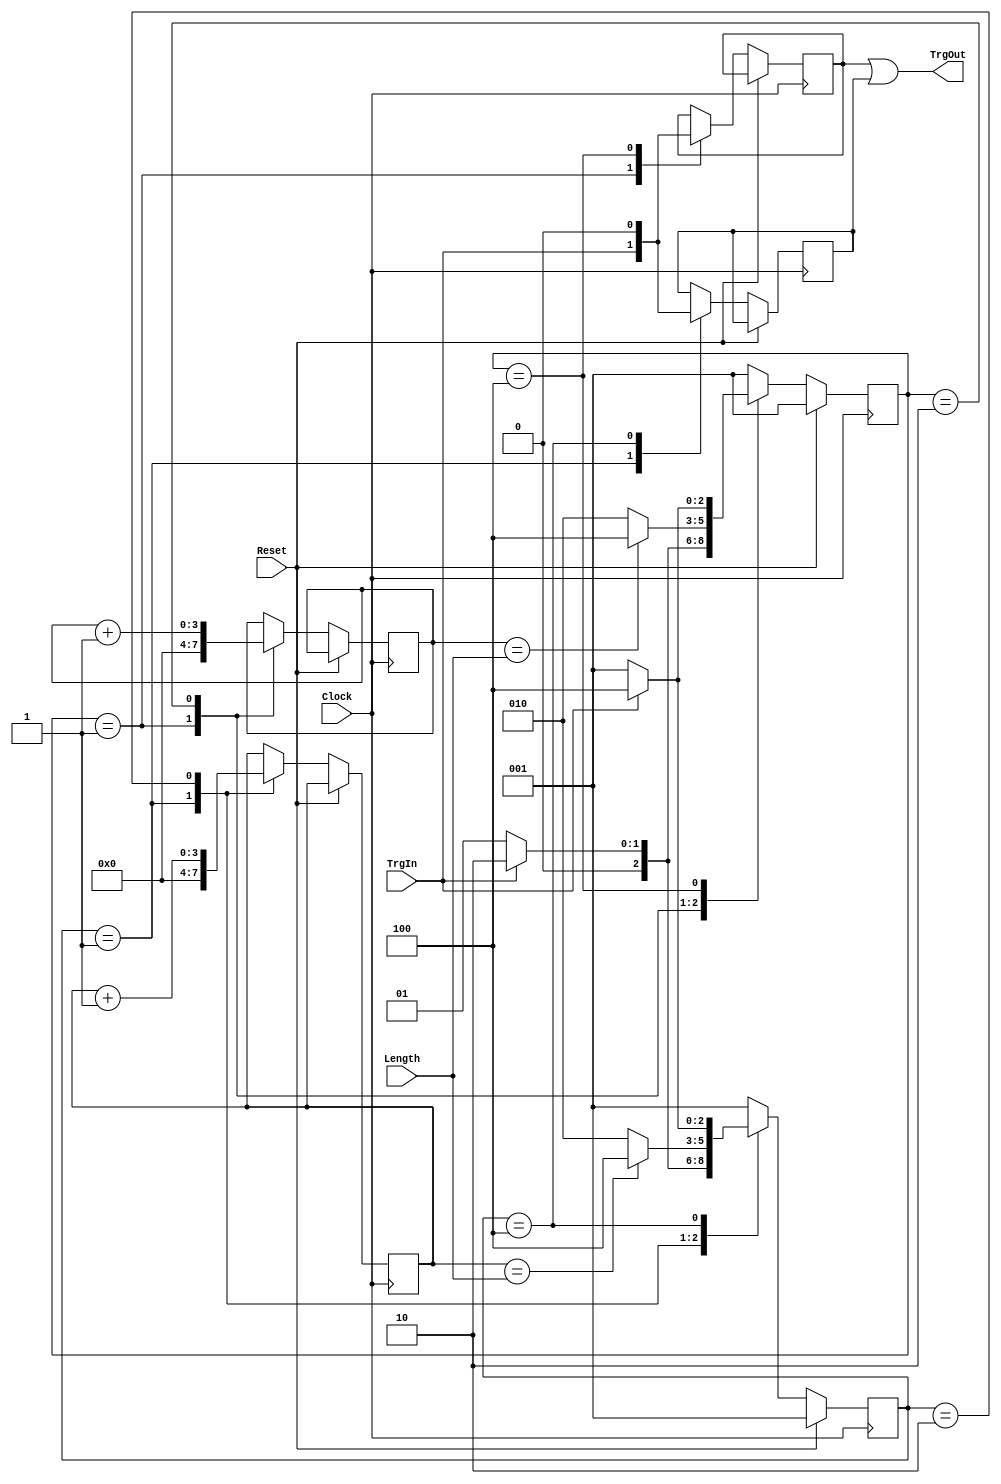
// Latch the energy detector trigger signal and stretch it out for use
// in the coincidence logic.  The signal will be latched on either edge
// of the clock.
// R. Johnson   September 18, 2013
module EnrgTrgStrtch(TrgOut, TrgIn, Length, Clock, Reset);
input Clock;			//100 MHz system clock
input Reset;			//Synchronous reset
input [3:0] Length;		//Length of the desired output signal in clock cycles
input TrgIn;			//Input asynchronous trigger
output TrgOut;			//Output stretched synchronous trigger

wire TrgOut;
reg TrgOutP, TrgOutN;

assign TrgOut = TrgOutP | TrgOutN;

parameter [2:0] Wait= 3'b001;		//Look for the rising edge of the input trigger
parameter [2:0] Strc= 3'b010;		//Stretch the trigger signal according to Length
parameter [2:0] Next= 3'b100;		//Wait for the falling edge of the input trigger

reg [2:0] StateP, NextStateP;
reg [3:0] CntP;

always @ (StateP or TrgIn or CntP or Length) begin
	case(StateP)
		Wait:	begin
					if (TrgIn) NextStateP = Strc;
					else NextStateP = Wait;
				end
		Strc:	begin
					if (CntP == Length) NextStateP = Next;
					else NextStateP = Strc;
				end
		Next:	begin
					if (!TrgIn) NextStateP = Wait;
					else NextStateP = Next;
				end
		default: NextStateP = Wait;
	endcase
end

always @ (posedge Clock) begin
	if (Reset) begin
		StateP <= Wait;
	end else begin
		StateP <= NextStateP;
		case(StateP)
			Wait:	begin
						TrgOutP <= TrgIn;
						CntP <= 0;
					end
			Strc:	begin
						CntP <= CntP + 1;
					end
			Next:	begin
						TrgOutP <= 1'b0;
					end
		endcase
	end
end

reg [2:0] StateN, NextStateN;
reg [3:0] CntN;

always @ (StateN or TrgIn or CntN or Length) begin
	case(StateN)
		Wait:	begin
					if (TrgIn) NextStateN = Strc;
					else NextStateN = Wait;
				end
		Strc:	begin
					if (CntN == Length) NextStateN = Next;
					else NextStateN = Strc;
				end
		Next:	begin
					if (!TrgIn) NextStateN = Wait;
					else NextStateN = Next;
				end
		default: NextStateN = Wait;
	endcase
end

always @ (negedge Clock) begin
	if (Reset) begin
		StateN <= Wait;
	end else begin
		StateN <= NextStateN;
		case(StateN)
			Wait:	begin
						TrgOutN <= TrgIn;
						CntN <= 0;
					end
			Strc:	begin
						CntN <= CntN + 1;
					end
			Next:	begin
						TrgOutN <= 1'b0;
					end
		endcase
	end
end

endmodule